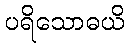
ပရိသောဓယိ